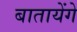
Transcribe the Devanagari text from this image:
बातायेंगे